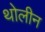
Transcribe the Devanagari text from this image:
थोलीन